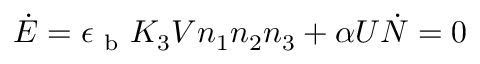
\dot { E } = \epsilon _ { \mathrm { ~ b ~ } } K _ { 3 } V n _ { 1 } n _ { 2 } n _ { 3 } + \alpha U \dot { N } = 0